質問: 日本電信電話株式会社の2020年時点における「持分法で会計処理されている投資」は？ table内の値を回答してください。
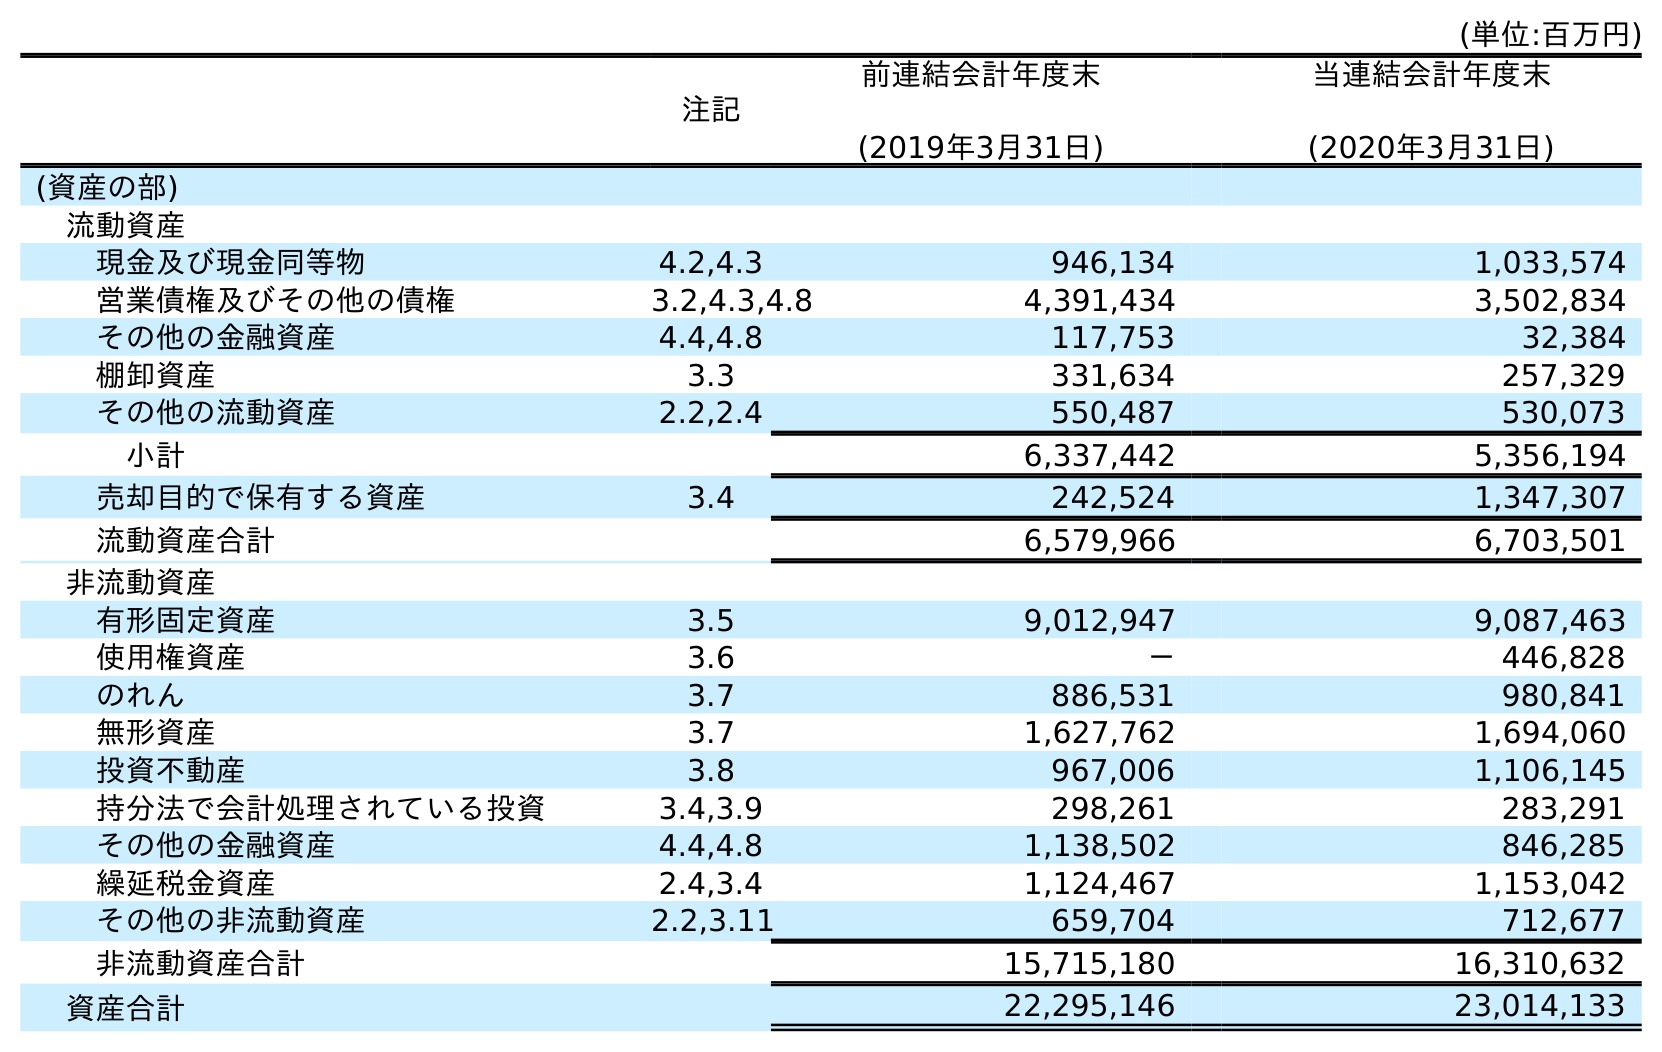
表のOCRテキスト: (単位:百万円) 注記 前連結会計年度末 (2019年3月31日) 当連結会計年度末 (2020年3月31日) (資産の部) 流動資産 現金及び現金同等物 4.2,4.3 946,134 1,033,574 営業債権及びその他の債権 3.2,4.3,4.8 4,391,434 3,502,834 その他の金融資産 4.4,4.8 117,753 32,384 棚卸資産 3.3 331,634 257,329 その他の流動資産 2.2,2.4 550,487 530,073 小計 6,337,442 5,356,194 売却目的で保有する資産 3.4 242,524 1,347,307 流動資産合計 6,579,966 6,703,501 非流動資産 有形固定資産 3.5 9,012,947 9,087,463 使用権資産 3.6 － 446,828 のれん 3.7 886,531 980,841 無形資産 3.7 1,627,762 1,694,060 投資不動産 3.8 967,006 1,106,145 持分法で会計処理されている投資 3.4,3.9 298,261 283,291 その他の金融資産 4.4,4.8 1,138,502 846,285 繰延税金資産 2.4,3.4 1,124,467 1,153,042 その他の非流動資産 2.2,3.11 659,704 712,677 非流動資産合計 15,715,180 16,310,632 資産合計 22,295,146 23,014,133
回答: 283,291